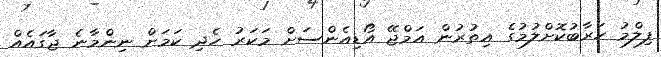
ފިލްމު ހަރާބުކޮށްލުމުގެ އިތުރުން އަމްޖޭ އޯޑިއެންސަށް މަކަރު ހެދި ކަމަށް ނިންމާނެ ޖާގައެއް